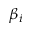
\beta _ { i }